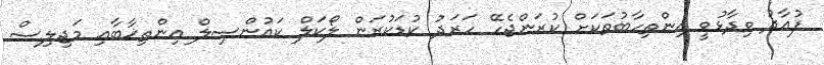
ފުއާދު ވިދާޅުވީ އިންތިހާބުތަކަށް ކުރަންޖެހޭ ހަރަދު ކުޑަކުރަން ލޯކަލް ކައުންސިލް އިންތިޚާބާއި މަޖިލިސް